Annual report on the Civil Veterinary Department, Burma (including the Insein Veterinary School) - 1923-1931
Year: 1923
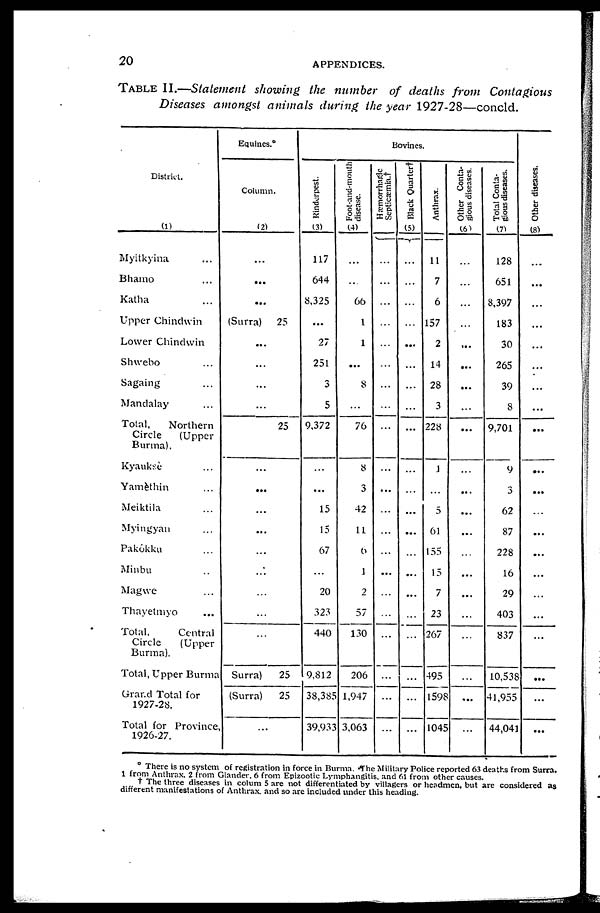
20
APPENDICES.
TABLE II.—Statement showing the number of deaths from Contagious
Diseases amongst animals during the year 1927-28—concld.
District.
(1)
Myitkyina ...
Bhamo ...
Katha ...
Upper Chindwin
Lower Chindwin
Shwebo ...
Sagaing ...
Mandalay
Total,
Northern
Circle
(Upper
Burma).
Kyauksè ...
Yamèthin ...
Meiktila ...
Myingyan ...
Pakôkku ...
Minbu ..
Magwe ...
Thayetmyo ...
Total,
Central
Circle
(Upper
Burma).
Total, Upper Burma
Grand Total for
1927-28.
Total for Province
1926-27.
Equines.*
Column.
(2)
...
...
...
(Surra)
25
...
...
...
...
25
...
...
...
...
...
...
...
...
...
Surra)
25
(Surra)
25
...
Bovines.
Rinderpest.
(3)
117
644
8,325
...
27
251
3
5
9,372
...
...
15
15
67
...
20
323
440
9,812
38,385
39,933
Foot-and-mouth
disease.
(4)
...
...
66
1
1
...
8
...
76
8
3
42
11
6
1
2
57
130
206
1,947
5 3,063
Hæmorrhagic
Septicæmia.†
...
...
...
...
...
...
...
...
...
...
...
...
...
...
...
...
...
...
...
...
...
Black Quarter†
(5)
...
...
...
...
...
...
...
...
...
...
...
...
...
...
...
...
Anthrax.
11
7
6
157
2
14
28
3
228
1
...
5
61
155
15
7
23
267
495
1598
104.
Other Conta-
gious diseases.
(6)
...
...
...
...
...
...
...
...
...
...
...
...
...
...
...
...
...
...
...
...
...
Total Conta-
gious diseases.
(7)
128
651
8,397
183
30
265
39
8
9,701
9
3
62
87
228
16
29
403
837
10,538
41,955
44,04
Other di s eas es .
(8)
...
...
...
...
...
...
...
...
...
...
...
...
...
...
...
...
...
...
...
...
...
* There is no system of registration in force in Burma. The Military Police reported 63 deaths from Surra.
1 from Anthrax, 2 from Glander, 6 from Epizootic Lymphangitis, and 61 from other causes.
† The three diseases in colum 5 are not differentiated by villagers or headmen, but are considered as
different manifestations of Anthrax, and so are included under this heading.